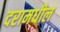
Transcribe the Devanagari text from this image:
दरामधील